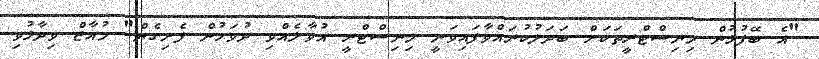
"އެ ބޭފުޅުން މިނިސްޓްރީތަކަށް ބަދަލުކުރައްވާފައިވަނީ މިނިސްޓްރީ އުވާލެއްވި ދުވަހުން ފެށިގެން" މުއާޒް ވިދާޅުވި